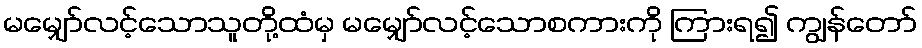
မမျှော်လင့်သောသူတို့ထံမှ မမျှော်လင့်သောစကားကို ကြားရ၍ ကျွန်တော်